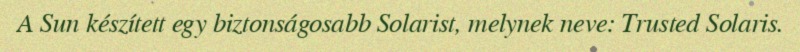
A Sun készített egy biztonságosabb Solarist, melynek neve: Trusted Solaris.